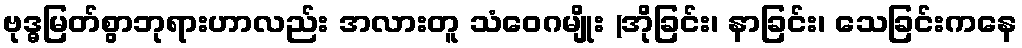
ဗုဒ္ဓမြတ်စွာဘုရားဟာလည်း အလားတူ သံဝေဂမျိုး (အိုခြင်း၊ နာခြင်း၊ သေခြင်းကနေ